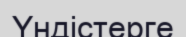
Үндістерге